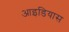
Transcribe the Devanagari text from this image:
आइडियास